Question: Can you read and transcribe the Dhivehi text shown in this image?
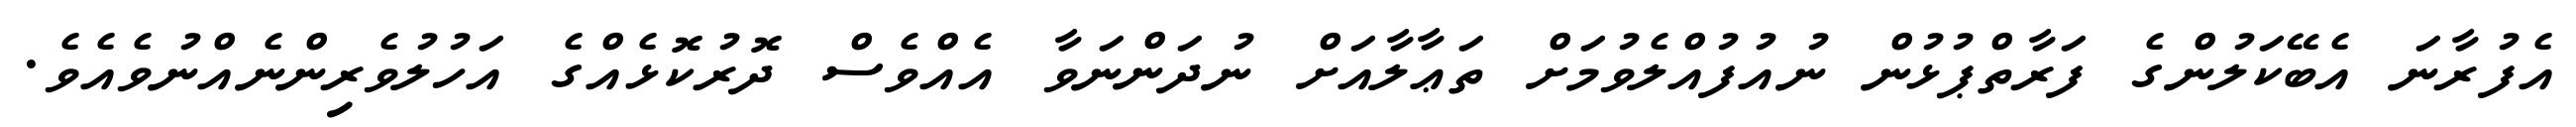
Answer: އެފުރާނަ އެބޭކަލުންގެ ފަރާތްޕުޅުން ނުއުފުއްލެވުމަށް ތަޢާލާއަށް ނުދަންނަވާ އެއްވެސް ދޮރުކޮޅެއްގެ އަހުލުވެރިންނެއްނުވެއެވެ.